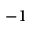
^ { - 1 }